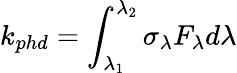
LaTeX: k_{phd}=\int_{\lambda_{1}}^{\lambda_{2}}\sigma_{\lambda}F_{\lambda}d\lambda